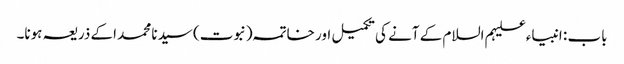
باب : انبیاء علیہم السلام کے آنے کی تکمیل اور خاتمہ (نبوت) سیدنا محمد اکے ذریعہ ہونا۔